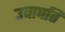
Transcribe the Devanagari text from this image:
उचापति